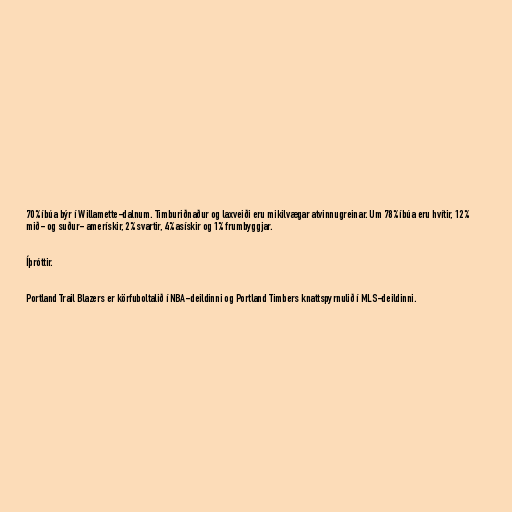
70% íbúa býr í Willamette-dalnum. Timburiðnaður og laxveiði eru mikilvægar atvinnugreinar. Um 78% íbúa eru hvítir, 12%
mið- og suður- amerískir, 2% svartir, 4% asískir og 1% frumbyggjar.

Íþróttir.

Portland Trail Blazers er körfuboltalið í NBA-deildinni og Portland Timbers knattspyrnulið í MLS-deildinni.